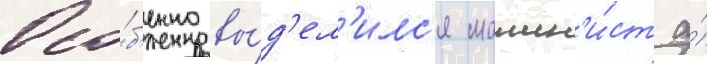
Осо́б'енно вы́д'ел'илс'я машин'и́ст а́